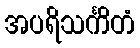
အပရိသင်္ကိတံ